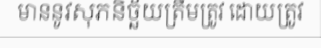
មាននូវសុភនិច្ឆ័យត្រឹមត្រូវ ដោយត្រូវ